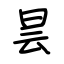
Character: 昙